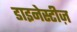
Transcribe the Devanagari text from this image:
डाइनेस्टीज़